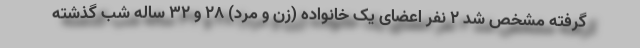
گرفته مشخص شد ۲ نفر اعضای یک خانواده (زن و مرد) ۲۸ و ۳۲ ساله شب گذشته